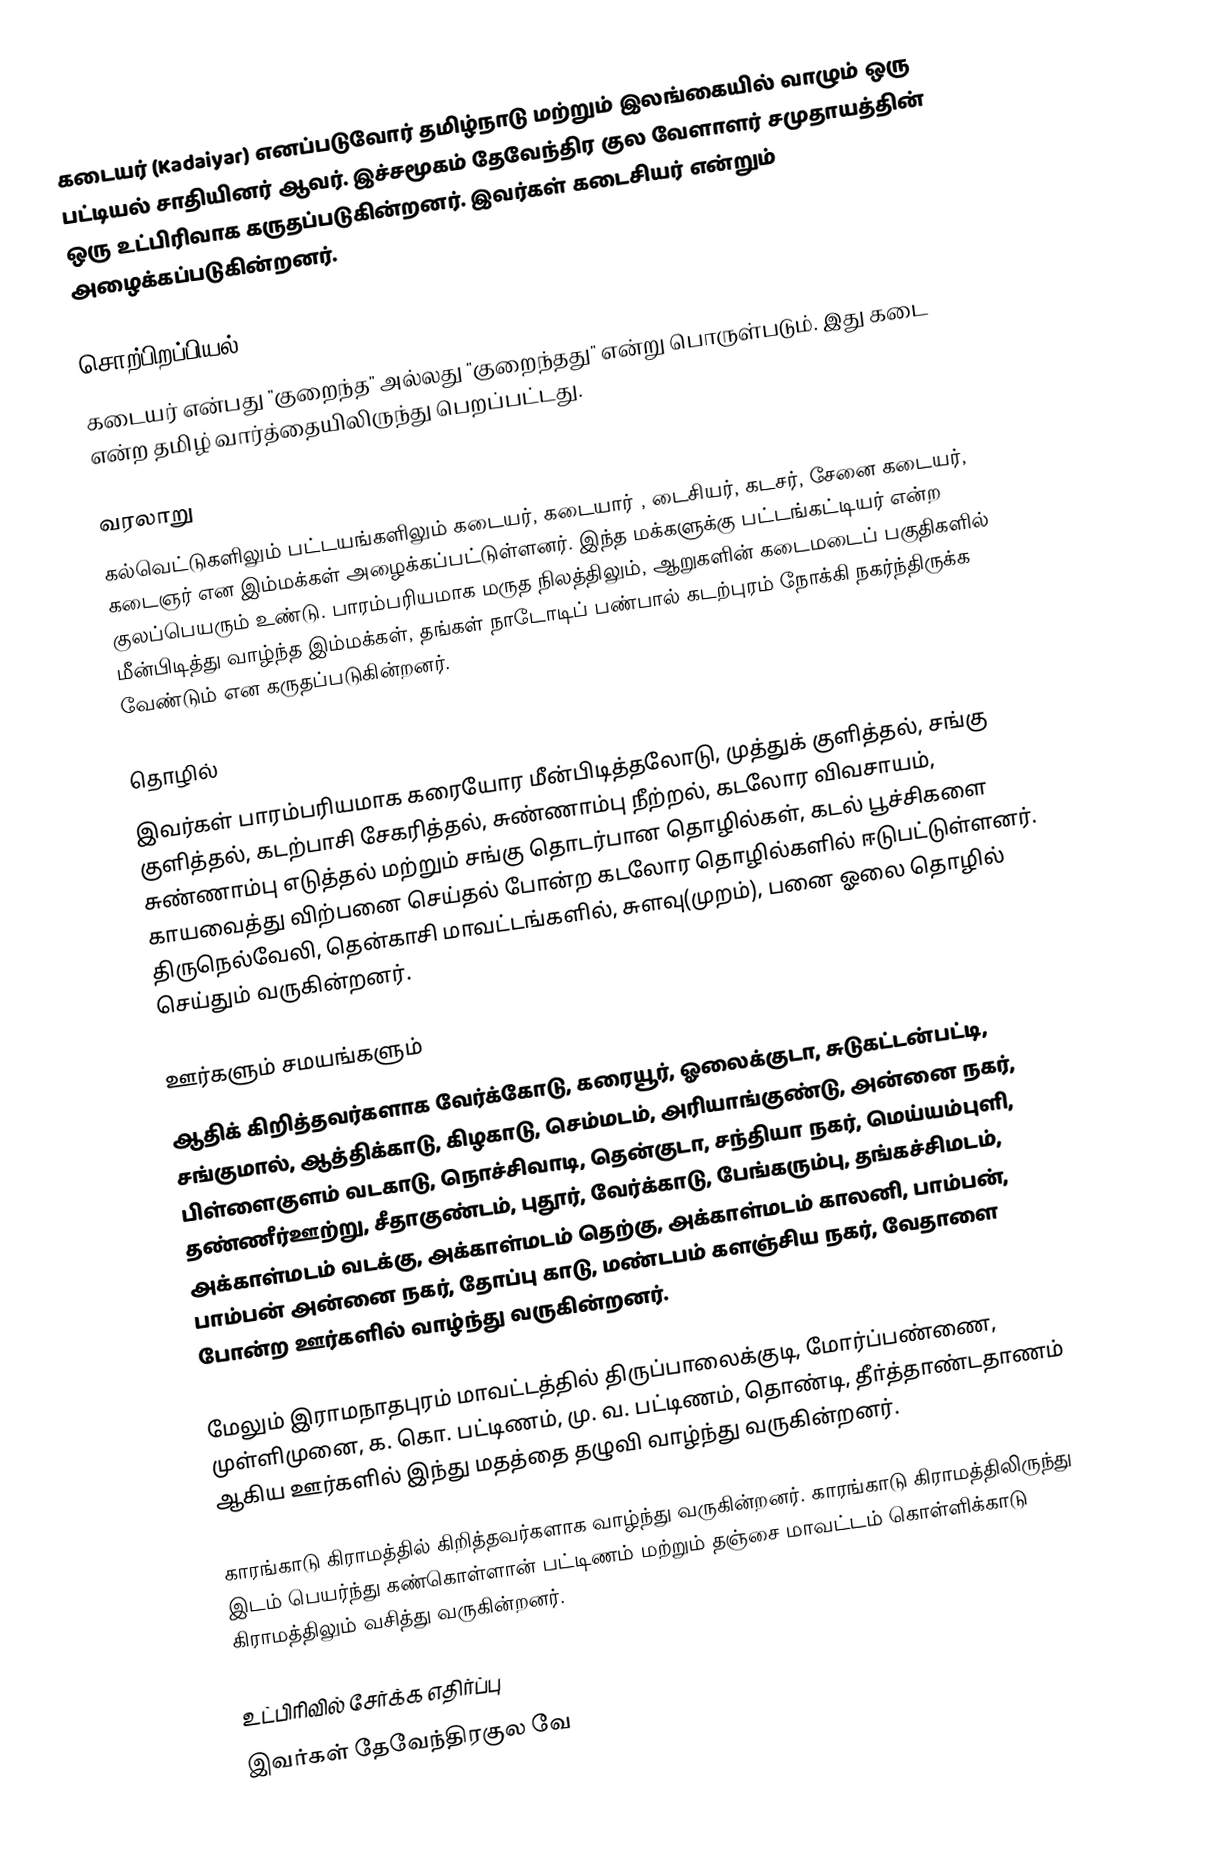
கடையர் (Kadaiyar) எனப்படுவோர் தமிழ்நாடு மற்றும் இலங்கையில் வாழும் ஒரு பட்டியல் சாதியினர் ஆவர். இச்சமூகம் தேவேந்திர குல வேளாளர் சமுதாயத்தின் ஒரு உட்பிரிவாக கருதப்படுகின்றனர். இவர்கள் கடைசியர் என்றும் அழைக்கப்படுகின்றனர்.

சொற்பிறப்பியல்
கடையர் என்பது "குறைந்த" அல்லது "குறைந்தது" என்று பொருள்படும். இது கடை என்ற தமிழ் வார்த்தையிலிருந்து பெறப்பட்டது.

வரலாறு
கல்வெட்டுகளிலும் பட்டயங்களிலும் கடையர், கடையார் , டைசியர், கடசர், சேனை கடையர், கடைஞர் என இம்மக்கள் அழைக்கப்பட்டுள்ளனர். இந்த மக்களுக்கு பட்டங்கட்டியர் என்ற குலப்பெயரும் உண்டு. பாரம்பரியமாக மருத நிலத்திலும், ஆறுகளின் கடைமடைப் பகுதிகளில் மீன்பிடித்து வாழ்ந்த இம்மக்கள், தங்கள் நாடோடிப் பண்பால் கடற்புரம் நோக்கி நகர்ந்திருக்க வேண்டும் என கருதப்படுகின்றனர்.

தொழில்
இவர்கள் பாரம்பரியமாக கரையோர மீன்பிடித்தலோடு, முத்துக் குளித்தல், சங்கு குளித்தல், கடற்பாசி சேகரித்தல், சுண்ணாம்பு நீற்றல், கடலோர விவசாயம், சுண்ணாம்பு எடுத்தல் மற்றும் சங்கு தொடர்பான தொழில்கள், கடல் பூச்சிகளை காயவைத்து விற்பனை செய்தல் போன்ற கடலோர தொழில்களில் ஈடுபட்டுள்ளனர். திருநெல்வேலி, தென்காசி மாவட்டங்களில், சுளவு(முறம்), பனை ஓலை தொழில் செய்தும் வருகின்றனர்.

ஊர்களும் சமயங்களும்
ஆதிக் கிறித்தவர்களாக வேர்க்கோடு, கரையூர், ஓலைக்குடா, சுடுகட்டன்பட்டி, சங்குமால், ஆத்திக்காடு, கிழகாடு, செம்மடம், அரியாங்குண்டு, அன்னை நகர், பிள்ளைகுளம் வடகாடு, நொச்சிவாடி, தென்குடா, சந்தியா நகர், மெய்யம்புளி,  தண்ணீர்ஊற்று, சீதாகுண்டம்,  புதூர், வேர்க்காடு, பேங்கரும்பு, தங்கச்சிமடம், அக்காள்மடம் வடக்கு, அக்காள்மடம் தெற்கு, அக்காள்மடம் காலனி, பாம்பன், பாம்பன் அன்னை நகர், தோப்பு காடு, மண்டபம் களஞ்சிய நகர், வேதாளை போன்ற ஊர்களில் வாழ்ந்து வருகின்றனர்.

மேலும் இராமநாதபுரம் மாவட்டத்தில் திருப்பாலைக்குடி, மோர்ப்பண்ணை, முள்ளிமுனை, க. கொ. பட்டிணம், மு. வ. பட்டிணம், தொண்டி, தீா்த்தாண்டதாணம் ஆகிய ஊர்களில் இந்து மதத்தை தழுவி வாழ்ந்து வருகின்றனர்.

காரங்காடு கிராமத்தில் கிறித்தவர்களாக வாழ்ந்து வருகின்றனர். காரங்காடு கிராமத்திலிருந்து இடம் பெயர்ந்து கண்கொள்ளான் பட்டிணம் மற்றும் தஞ்சை மாவட்டம் கொள்ளிக்காடு கிராமத்திலும் வசித்து வருகின்றனர்.

உட்பிரிவில் சேர்க்க எதிர்ப்பு
இவர்கள் தேவேந்திரகுல வே